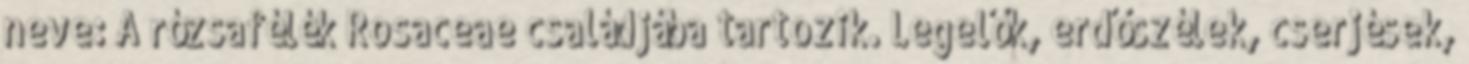
neve: A rózsafélék Rosaceae családjába tartozik. Legelők, erdőszélek, cserjések,